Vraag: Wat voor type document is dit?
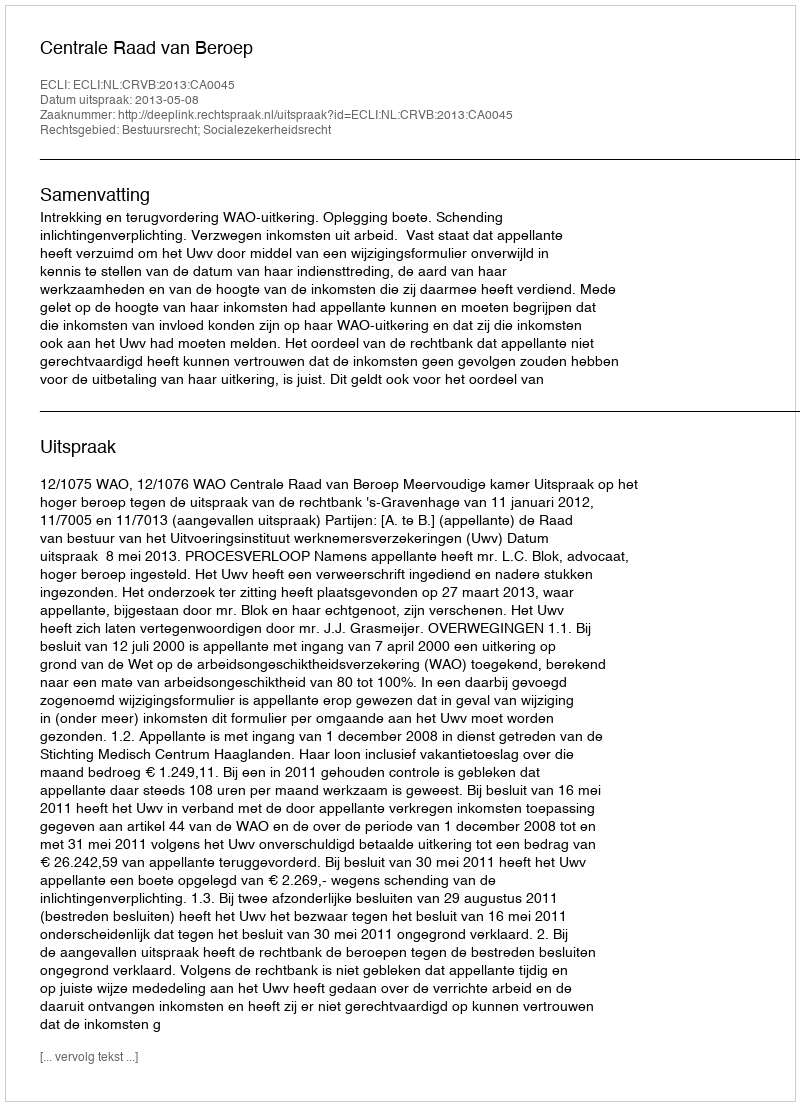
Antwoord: Uitspraak